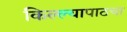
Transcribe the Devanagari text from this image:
किल्ल्यापाठचा